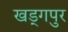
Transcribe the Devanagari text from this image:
खड्‍गपुर